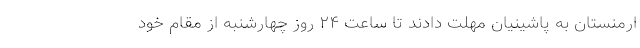
ارمنستان به پاشینیان مهلت دادند تا ساعت ۲۴ روز چهارشنبه از مقام خود